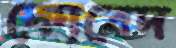
কোবেদ